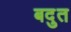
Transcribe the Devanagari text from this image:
बदुत